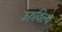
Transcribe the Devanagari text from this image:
उरुविल्व